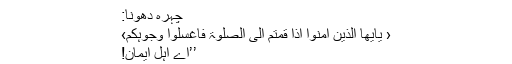
چہرہ دھونا:
‹ يٰٓاَيُّھَا الَّذِيْنَ اٰمَنُوْٓا اِذَا قُمْتُمْ اِلَى الصَّلٰوۃِ فَاغْسِلُوْا وُجُوْہَكُمْ›
’’اے اہل ایمان!